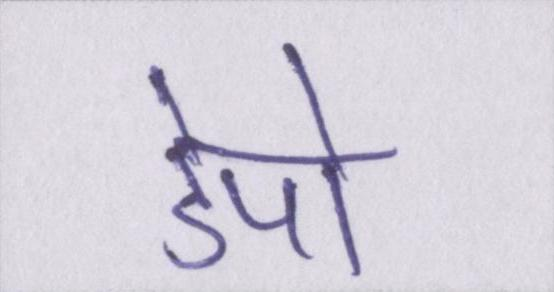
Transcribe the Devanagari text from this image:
डेपो